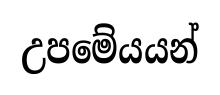
උපමේයයන්